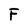
Character: F